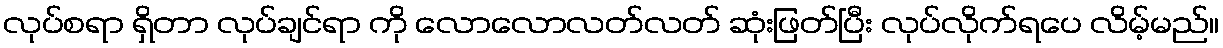
လုပ်စရာ ရှိတာ လုပ်ချင်ရာ ကို လောလောလတ်လတ် ဆုံးဖြတ်ပြီး လုပ်လိုက်ရပေ လိမ့်မည်။